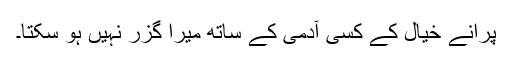
پرانے خیال کے کسی آدمی کے ساتھ میرا گزر نہیں ہو سکتا۔